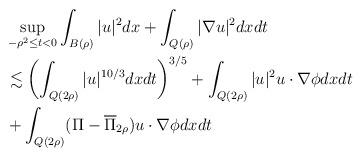
LaTeX: \begin{align*}&\sup_{-\rho^{2}\leq t<0}\int_{B(\rho )}|u|^{2} dx+ \int_{Q (\rho)} |\nabla u|^{2}dxdt \\&\lesssim \left(\int_{Q(2\rho)}|u|^{10/3}dxdt\right)^{3/5}+ \int_{Q(2\rho)} |u|^{2} u \cdot \nabla \phi dxdt \\&+ \int_{Q(2\rho)}(\Pi-\overline{\Pi}_{2\rho}) u \cdot \nabla \phi dxdt\end{align*}